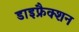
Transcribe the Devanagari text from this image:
डाइफ्रैक्शन